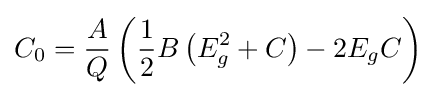
C_{0}={\frac {A}{Q}}\left({\frac {1}{2}}B\left(E_{g}^{2}+C\right)-2E_{g}C\right)